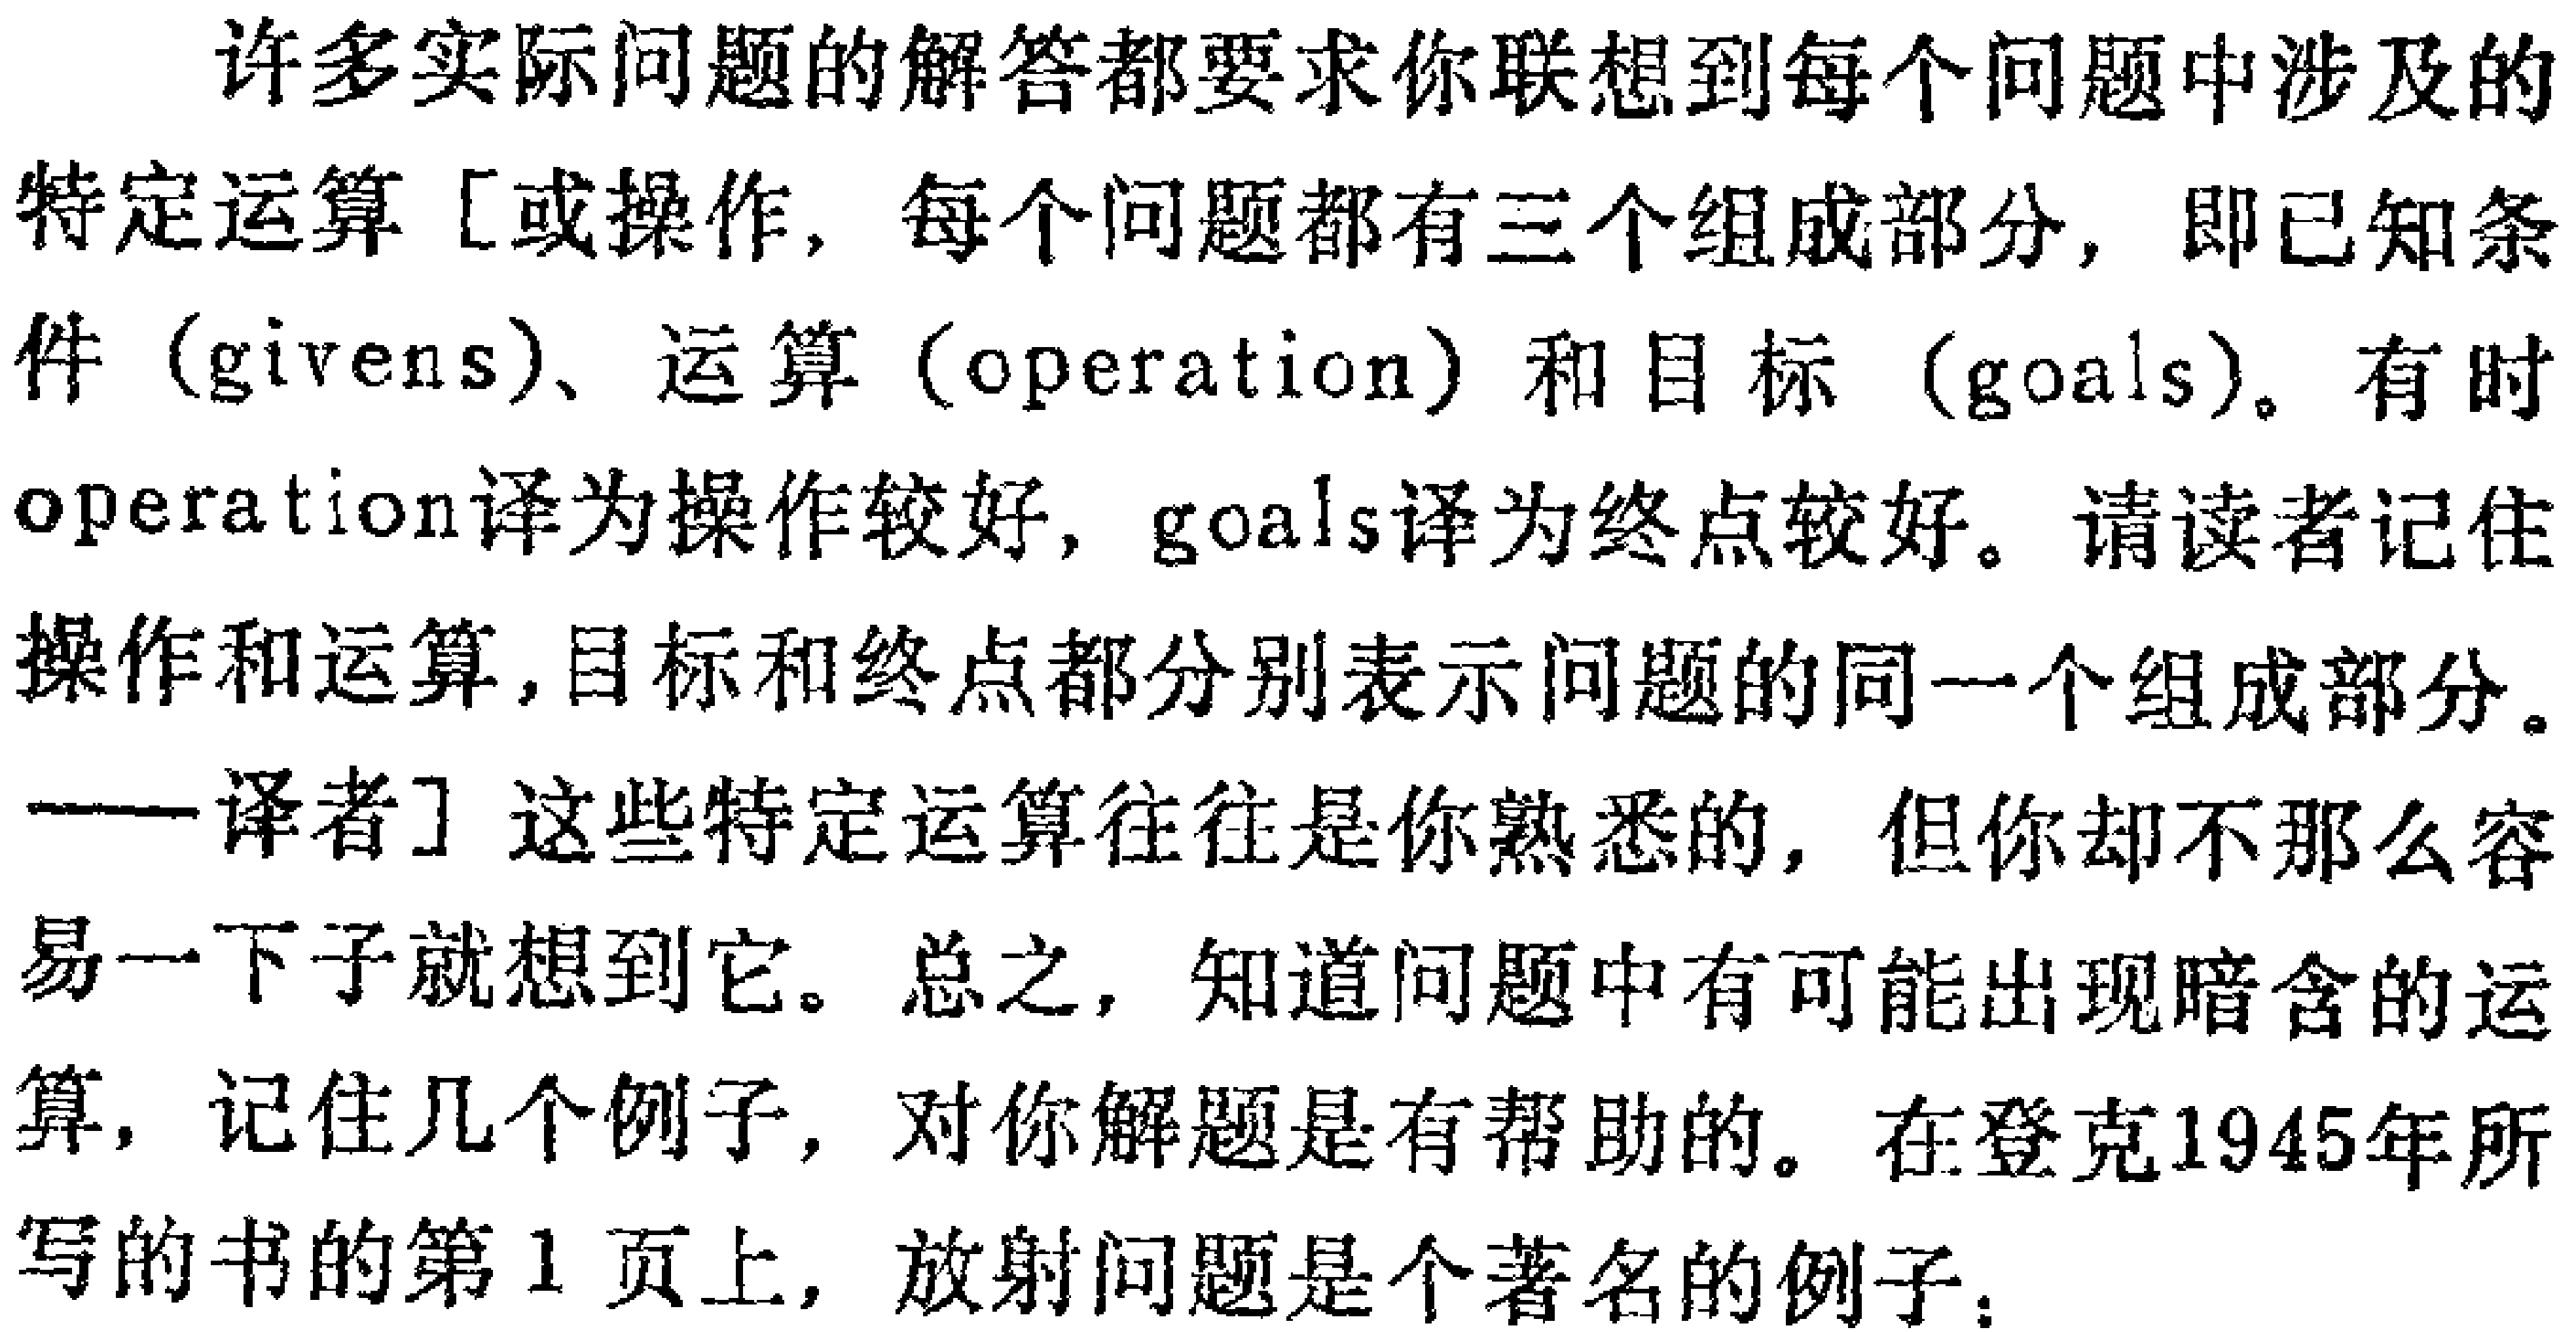
许多实际问题的解答都要求你联想到每个问题中涉及的特定运算 [或操作，每个问题都有三个组成部分，即已知条件（givens）、运算（operation）和目标（goals）。有时operation译为操作较好，goals译为终点较好。请读者记住操作和运算，目标和终点都分别表示问题的同一个组成部分。

——译者] 这些特定运算往往是你熟悉的，但你却不那么容易一下子就想到它。总之，知道问题中有可能出现暗含的运算，记住几个例子，对你解题是有帮助的。在登克1945年所写的书的第1页上，放射问题是个著名的例子：